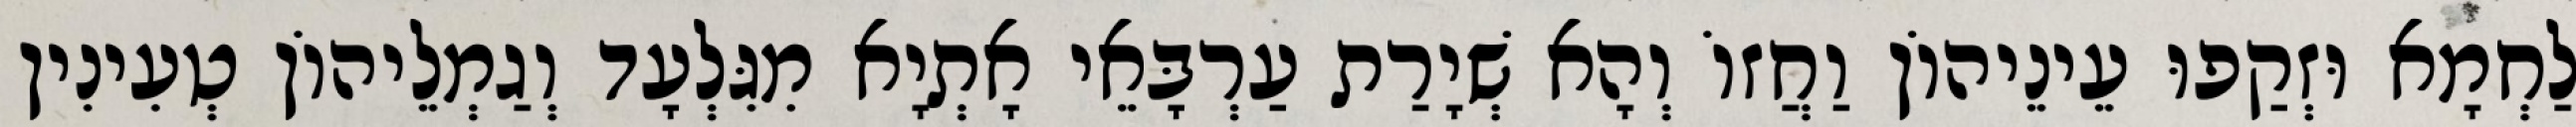
לַחְמָא וּזְקַפוּ עֵינֵיהוֹן וַחֲזוֹ וְהָא שְׁיָרַת עַרְבָּאֵי אָתְיָא מִגִּלְעָד וְגַמְלֵיהוֹן טְעִינִין